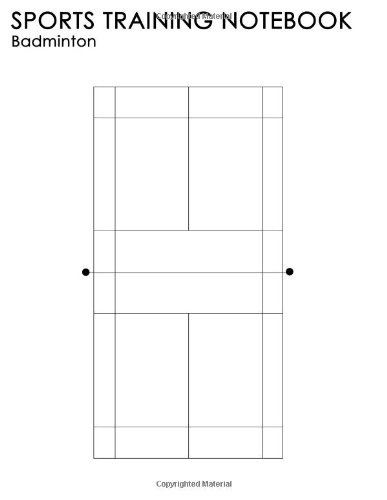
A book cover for Sports Training Notebook: Badminton: For Coaching Instruction On All Levels Of Sport; Joe Dolan; Sports & Outdoors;